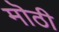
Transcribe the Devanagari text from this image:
मॊठी